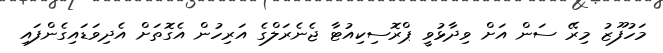
މަހުފޫޒު މިރޭ ސަން އަށް ވިދާޅުވީ ޕްރޮސިކިއުޓާ ޖެނެރަލްގެ އަރިހުން އެގޮތަށް އެދިވަޑައިގެންފައި